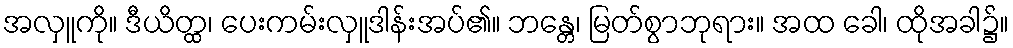
အလှူကို။ ဒီယိတ္ထ၊ ပေးကမ်းလှူဒါန်းအပ်၏။ ဘန္တေ၊ မြတ်စွာဘုရား။ အထ ခေါ၊ ထိုအခါ၌။